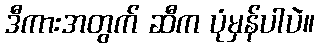
ဒီကားအတွက် ဆီက ပုံမှန်ပါပဲ။